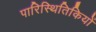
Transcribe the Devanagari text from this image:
पारिस्थितिकियों